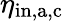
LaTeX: \eta_{\mathrm{in,a,c}}